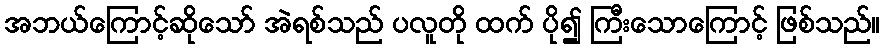
အဘယ်ကြောင့်ဆိုသော် အဲရစ်သည် ပလူတို ထက် ပို၍ ကြီးသောကြောင့် ဖြစ်သည်။